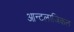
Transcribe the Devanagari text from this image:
आन्टलाजिकल